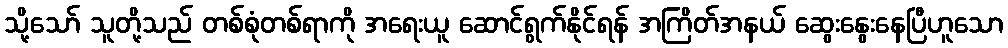
သို့သော် သူတို့သည် တစ်စုံတစ်ရာကို အရေးယူ ဆောင်ရွက်နိုင်ရန် အကြိတ်အနယ် ဆွေးနွေးနေပြီဟူသော